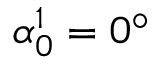
\alpha _ { 0 } ^ { 1 } = 0 ^ { \circ }